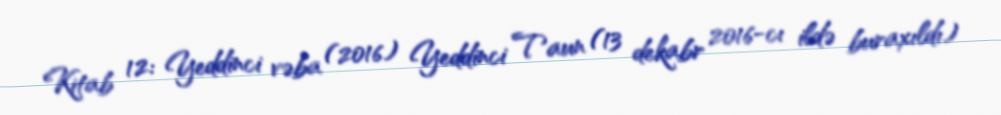
Kitab 12: Yeddinci vəba (2016) Yeddinci Taun (13 dekabr 2016-cı ildə buraxıldı)